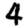
Digit: 4